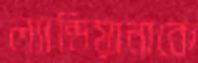
ল্যান্ডিয়ানাকে